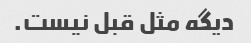
دیگه مثل قبل نیست.